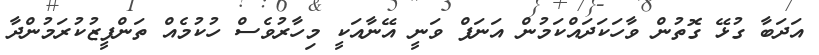
އަދަބާ ގުޅޭ ގޮތުން ވާހަކަދައްކަމުން އަނަފް ވަނީ އޭނާއަކީ މިހާރުވެސް ހުކުމެއް ތަންފީޒުކުރަމުންދާ